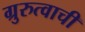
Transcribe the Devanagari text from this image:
ग्रुरुत्वाची